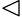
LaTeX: \vartriangleleft